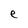
Character: e